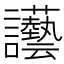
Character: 讛